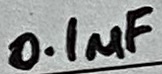
Text: 0.1µF